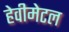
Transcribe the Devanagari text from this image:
हेवीमेटल